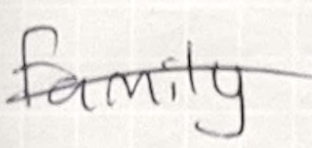
Text: family
Cross-out: diagonal
Writing tool: pencil